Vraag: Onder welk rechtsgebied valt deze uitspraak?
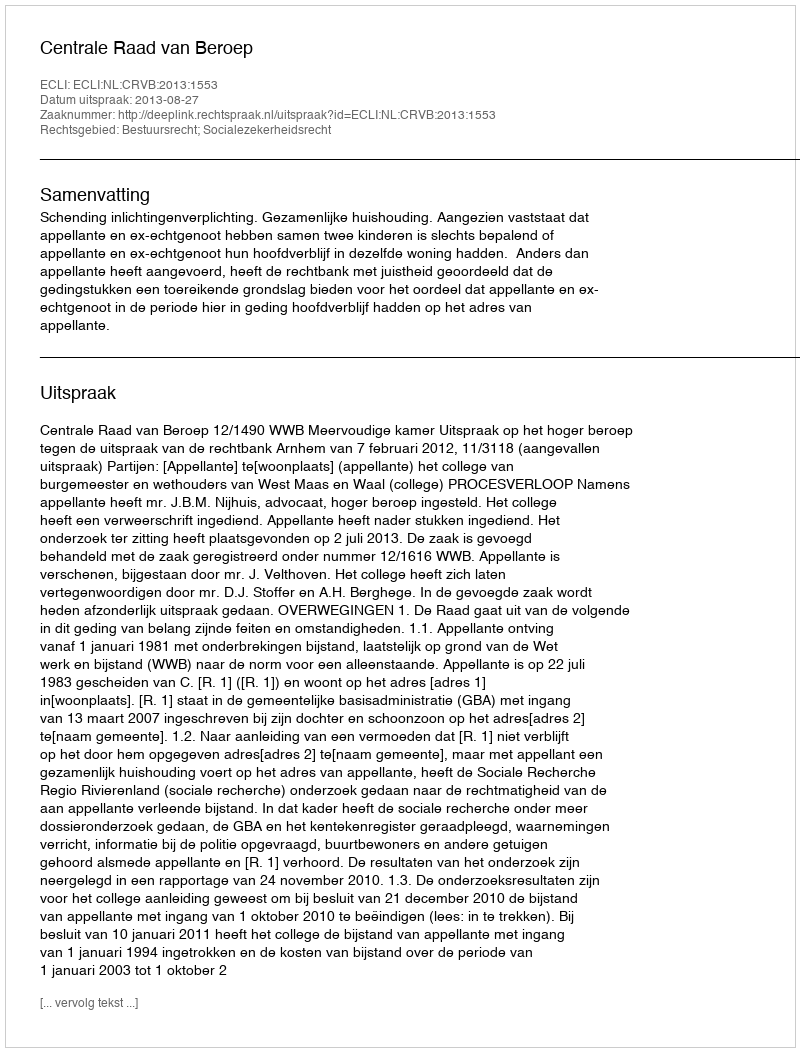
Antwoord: Bestuursrecht; Socialezekerheidsrecht